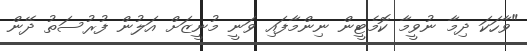
"ވާހަކަ ދިމާ ނުވީމާ ކޮމެޓީން ނިންމާފައި ވަނީ މުނީޒަށް އަލުން ފުރުސަތު ދޭން